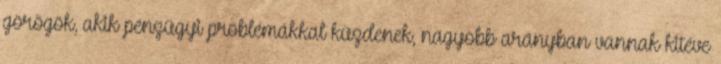
görögök, akik pénzügyi problémákkal küzdenek, nagyobb arányban vannak kitéve